Report of the King Institute of Preventive Medicine, Guindy
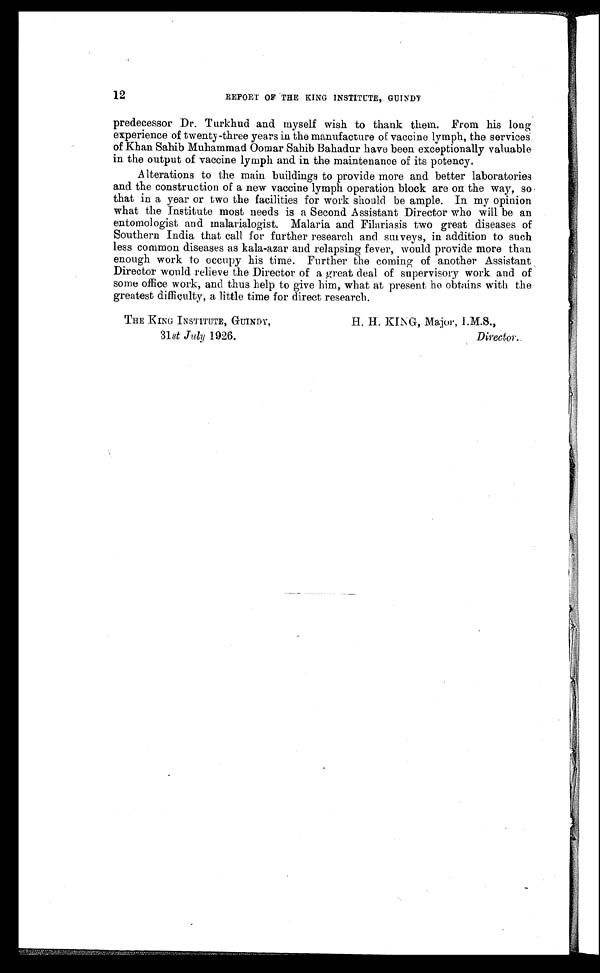
12
REPORT OF THE KING INSTITUTE, GUINDY
predecessor Dr. Turkhud and myself wish to thank them. From his long
experience of twenty-three years in the manufacture of vaccine lymph, the services
of Khan Sahib Muhammad Oomar Sahib Bahadur have been exceptionally valuable
in the output of vaccine lymph and in the maintenance of its potency.
Alterations to the main buildings to provide more and better laboratories
and the construction of a new vaccine lymph operation block are on the way, so
that in a year or two the facilities for work should be ample. In my opinion
what the Institute most needs is a Second Assistant Director who will be an
entomologist and malarialogist. Malaria and Filariasis two great diseases of
Southern India that call for further research and surveys, in addition to such
less common diseases as kala-azar and relapsing fever, would provide more than
enough work to occupy his time. Further the coming of another Assistant
Director would relieve the Director of a great deal of supervisory work and of
some office work, and thus help to give him, what at present he obtains with the
greatest difficulty, a little time for direct research.
THE KING INSTITUTE, GUINDY,
H. H. KING, Major, I.M.S.,
31st July 1926.
Director.